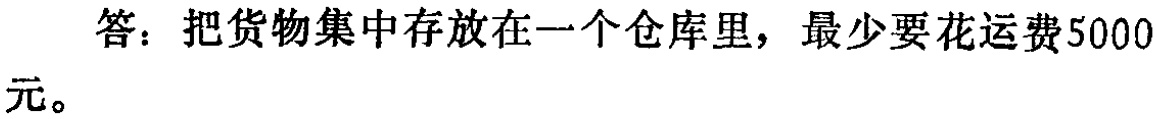
答：把货物集中存放在一个仓库里，最少要花运费5000元。